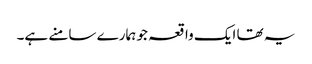
یہ تھا ایک واقعہ جو ہمارے سامنے ہے۔